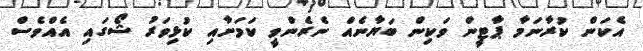
އެކަން ކުރާނަމާ ޕާޓީން ވަކިން ބަޔާނެއް ނެރެންވީ ކަމަށާއި ކުޅިވަރު ޝޯގައި އެއްވެސް